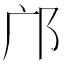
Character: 邝